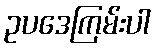
ဥပဒေကြမ်းပါ